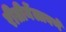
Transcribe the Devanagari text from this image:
रीतीनेंलावणें